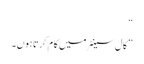
“
” کال سینٹر میں کا م کرتاہوں۔